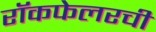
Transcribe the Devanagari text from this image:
रॉकफेलरची